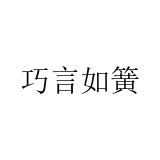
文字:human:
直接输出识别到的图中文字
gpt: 巧言如簧